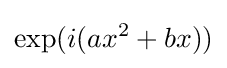
\exp(i(ax^{2}+bx))